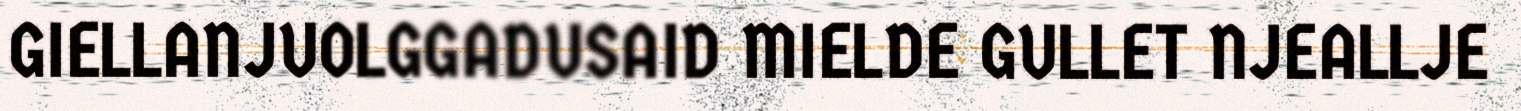
GIELLANJUOLGGADUSAID MIELDE GULLET NJEALLJE